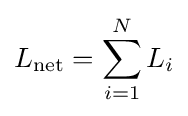
L_{\mathrm {net} }=\sum _{i=1}^{N}L_{i}\,\!